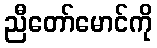
ညီတော်မောင်ကို